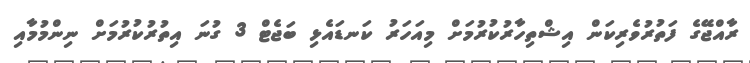
ރާއްޖޭގެ ފަތުރުވެރިކަން އިޝްތިހާރުކުރުމަށް މިއަހަރު ކަނޑައެޅި ބަޖެޓް 3 ގުނަ އިތުރުކުރުމަށް ނިންމުމާއި